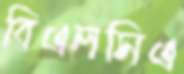
বিএলসিএ